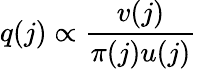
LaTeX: q(j)\propto\frac{v(j)}{\pi(j)u(j)}